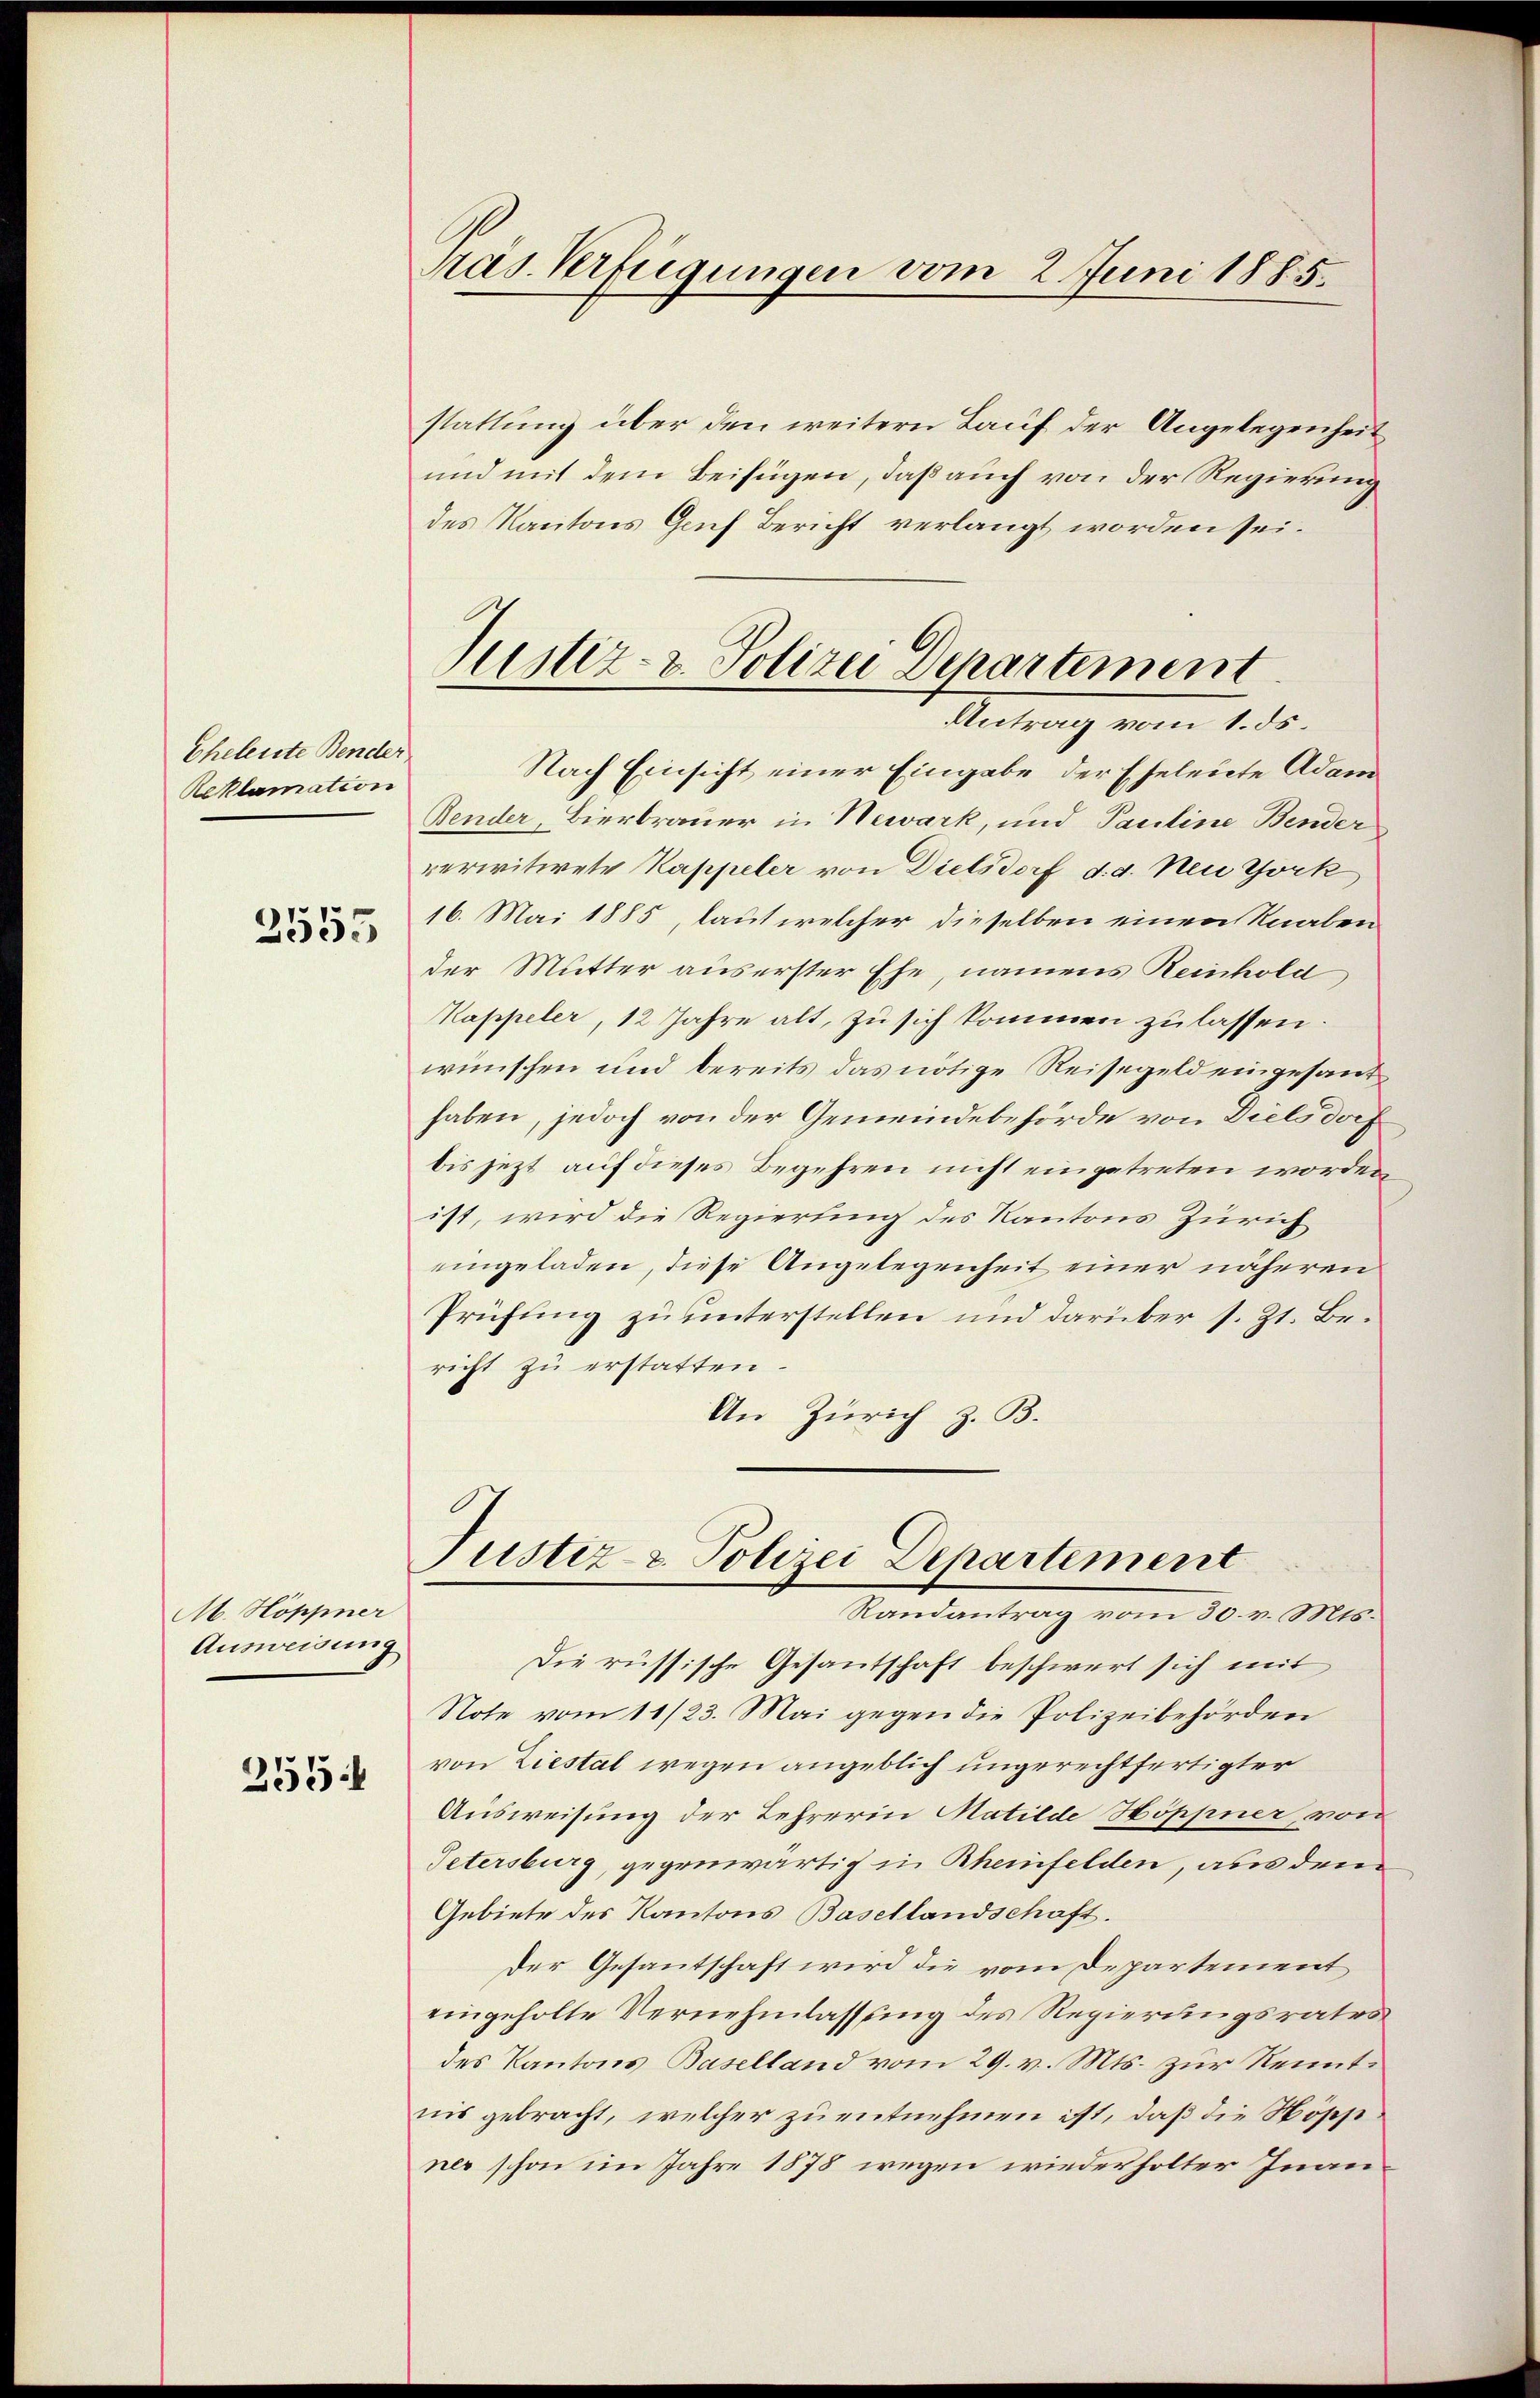
Eheleute Bender
Reklamation
2555

M. Höppner
Ausweisung
255:

Pras. Verfügungen vom 2. Juni 1885.

stattung über den weitern Lauf der Angelegenheit
und mit dem Beifügen, daß auch von der Regierung
des Kantons Gruf Bericht verlangt worden sei.
Nach Einsicht einer Eingabe der Eheleute Adam
Bender Bierbrauer in Newark, und Pauline Bender
verwitwete Kappeler von Dielsdorf d. d. Neu York
16. Mai 1885, laut welcher dieselben einen Knaben
der Mutter aus erster Ehe, namens Reinhold
Kappeler, 12 Jahre alt, zu sich kommen zu lassen.
wünschen und bereits das nötige Reisegeld eingesandhaben, jedoch von der Gemeindebehörde von Dielsdorf
bis jezt auf dieses Begehren nicht eingetreten worden
ist, wird die Regierung des Kantons Zürich
eingeladen, diese Angelegenheit einer näheren
Prüfung zu unterstellen und darüber s. Zt. Bericht zu erstatten
An Zürich z. B.
Justiz- & Polizei Departement
Randantrag vom 30. v. Mts.
Die russische Gesantschaft beschwert sich mit
Note vom 11/23. Mai gegen die Polizeibehörden
von Liestal wegen angeblich ungerechtfertigter
Ausweisung der Lehrerin Matilde Höppner von
Petersburg, gegenwärtig in Rheinfelden, aus dem
Gebiete des Kantons Basellandschaft.
Der Gesantschaft wird die vom Departement
eingeholte Vernehmlassung des Regierungsrates
des Kantons Baselland vom 29. v. Mts. zur Renntnis gebracht, welcher zu entnehmen ist, daß die Höppner schon im Jahre 1878 wegen wiederholter Inan¬

Justiz- & Polizei Departement
Antrag vom 1. ds.